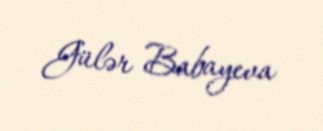
Gülər Babayeva